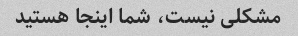
مشکلی نیست، شما اینجا هستید